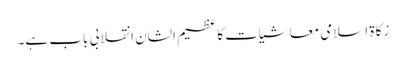
زکاة اسلامی معاشیات کا عظیم الشان انقلابی باب ہے۔